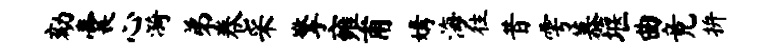
劾囊心漪弟卷采擎雍甫媾海往昔雩慕堰曲竟拚